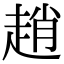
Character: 趙